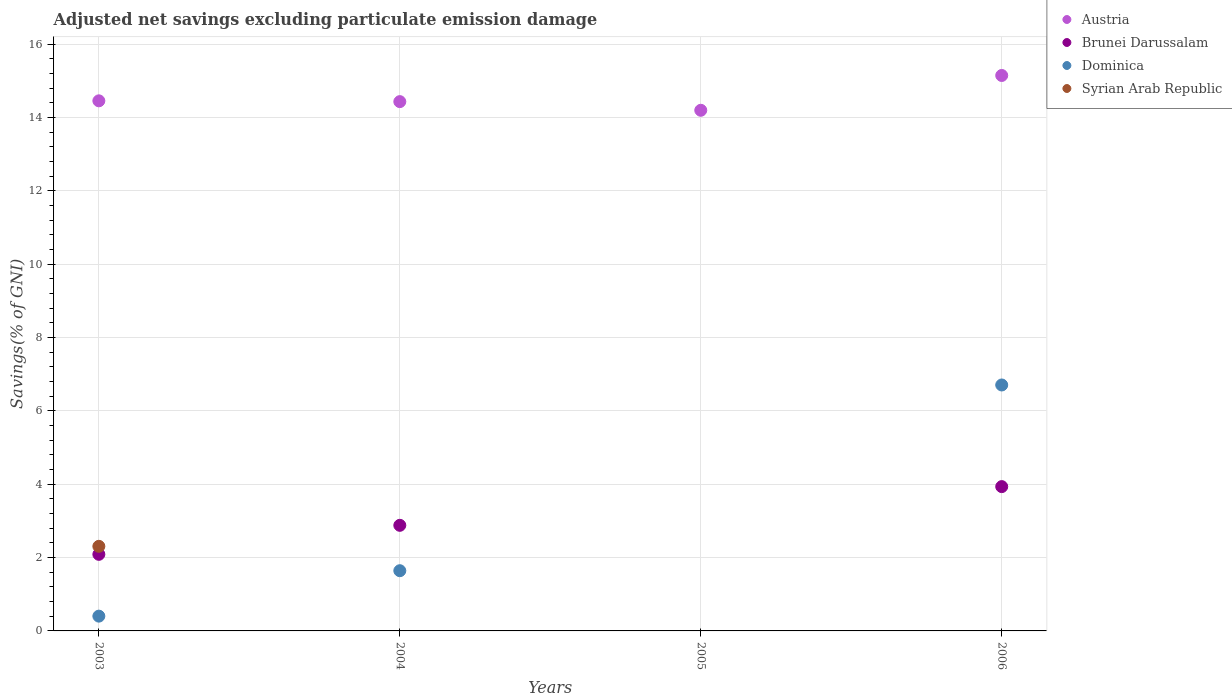
| Years | Austria | Brunei Darussalam | Dominica | Syrian Arab Republic |
 | --- | --- | --- | --- | --- |
 | 2003 | 14.5 | 2.09 | 0.403 | 2.31 |
 | 2004 | 14.4 | 2.88 | 1.64 | -2.38 |
 | 2005 | 14.2 | -2 | -0.741 | -6.07 |
 | 2006 | 15.1 | 3.93 | 6.71 | -2.96 |